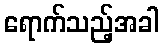
ရောက်သည့်အခါ